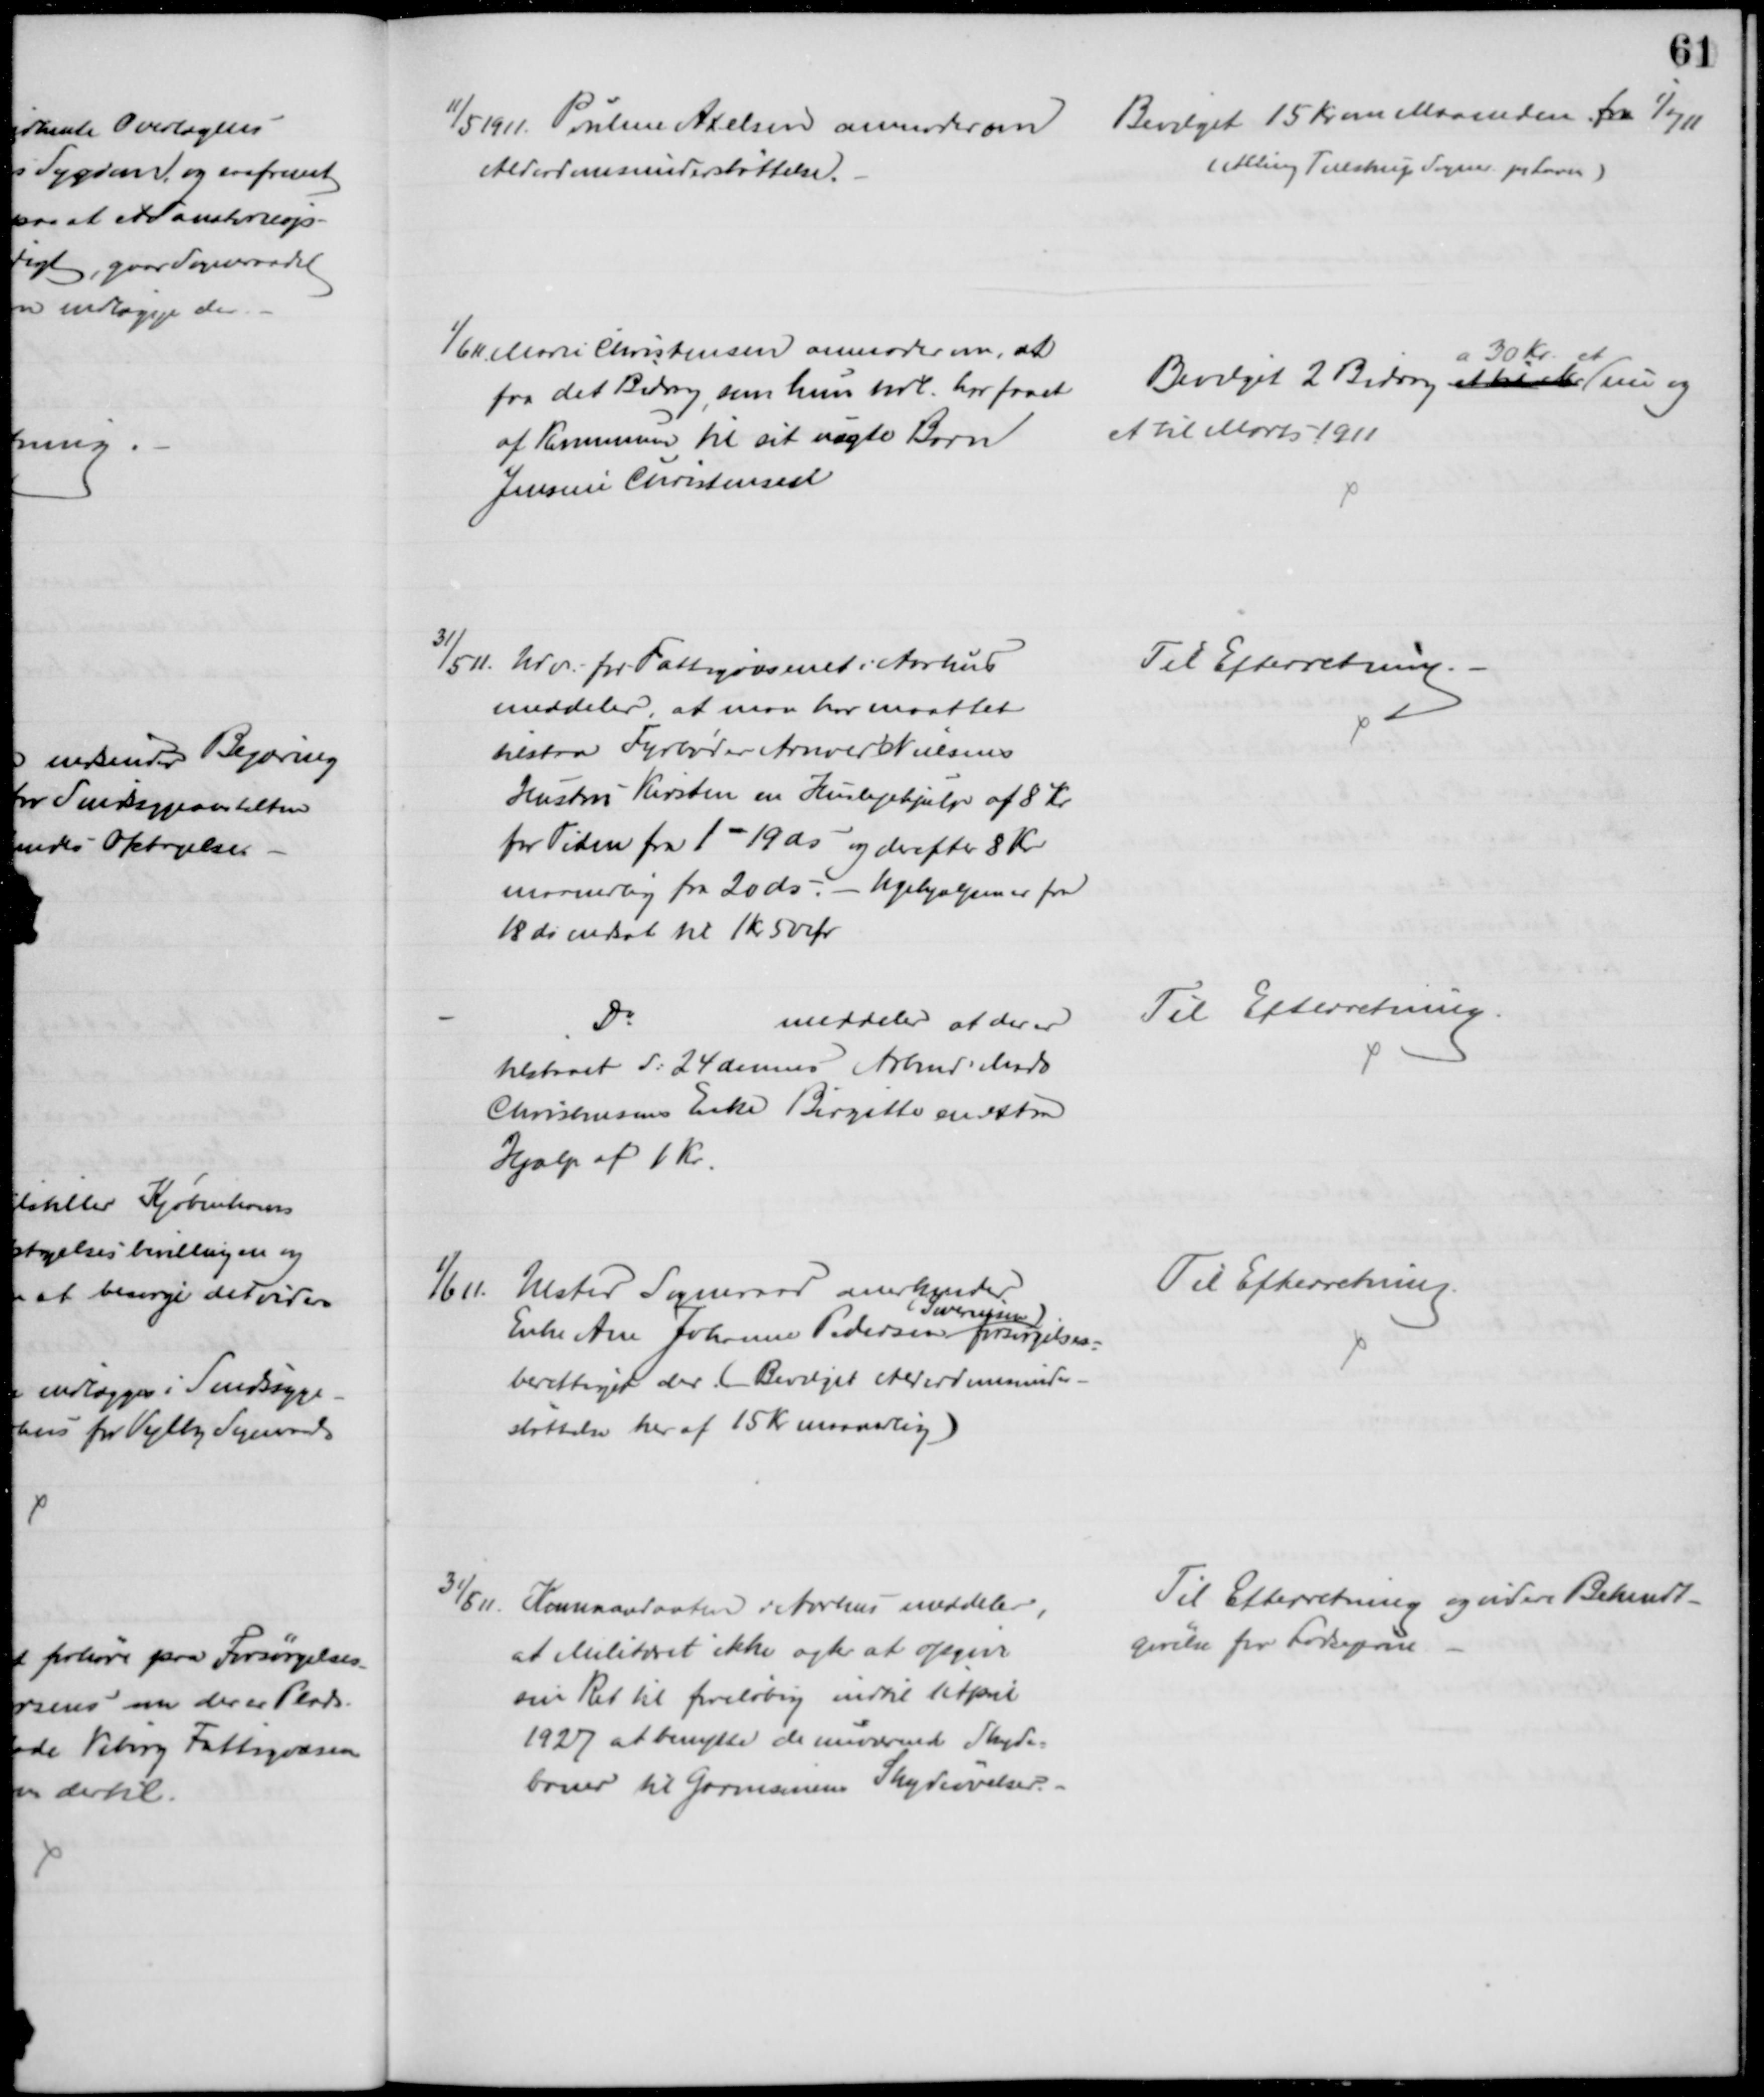
Transskription:
11/5 1911. Pouline Axelsen anmoder om 
Alderdomsunderstøttelse.
Bevilget 15 Kr om Maaneden fra 1/7 11
(Alling Tulstrup Sogner pr Laven)
1/6 11 Marie Christensen anmoder om, at
faa det Bidrag, som hun tidl. har faaet
af Kommunen til sit uægte Barn
Jensine Christensen
Bevilget 2 Bidrag 
a 30 Kr.
et til M
et
nu og
et til Marts 1911
31/5 11. Udv. for Fattigvæsenet i Aarhus
meddeler, at man har maattet
tilstaa Fyrbøder Arnold Nielsens
Hustru Kirsten en Huslejehjælp af 8 Kr.
for Tiden fra 1 - 19 ds og derefter 8 Kr
maanedlig fra 20 ds. - Ugehjælpen er fra
18 ds nedsat til 1 kr 50 Ør
Til Efterretning.
Do
meddeler at der er
tilstaaet d: 24 dennes Arbmd. Mads
Christensens Enke Birgitte en extra
Hjælp af 1 Kr.
Til Efterretning.
1/6 1.
Ulsted Sogneraad anerkender
Enke Ane Johanne Pedersen 
(Severinsen)
forsørgelses=
berettiget der (Bevilget Alderdomsunder-
støttelse her af 15 Kr maanedlig)
Til Efterretning.
31/5 11 Kommandanten i Aarhus meddeler,
at Militæret ikke agter at opgive
sin Ret til foreløbig indtil 1 April
1927 at benytte de nuværende Skyde=
baner til Garnisonens Skydeøvelser.
Til Efterretning og videre Bekendt=
gørelse for Lodsejerne.